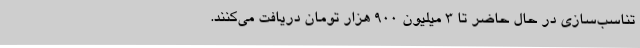
تناسب‌سازی در حال حاضر تا ۳ میلیون ۹۰۰ هزار تومان دریافت می‌کنند.